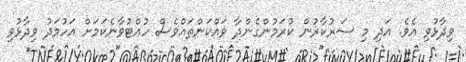
ވިދާޅުވި އެވެ. އަދި މި ސަރުކާރުން ކުރަމުންގެންދާ ވައްކަންތައްވެސް ހުއްޓުވާނެކަމަށް އަހުމަދު ވިދާޅުވި